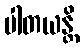
ပါတယန္တိ